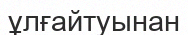
ұлғайтуынан